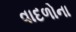
વાદળોના